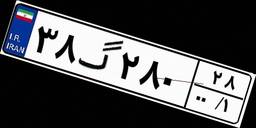
۵۹گ۸۴۲۰۹